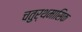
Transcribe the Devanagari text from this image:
चतुर्थमासिक